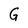
Character: G